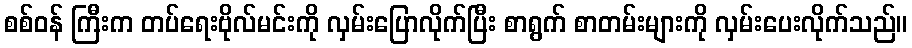
စစ်ဝန် ကြီးက တပ်ရေးဗိုလ်မင်းကို လှမ်းပြောလိုက်ပြီး စာရွက် စာတမ်းများကို လှမ်းပေးလိုက်သည်။